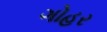
ગોહર